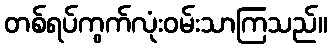
တစ်ရပ်ကွက်လုံးဝမ်းသာကြသည်။